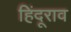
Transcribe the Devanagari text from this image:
हिंदूराव